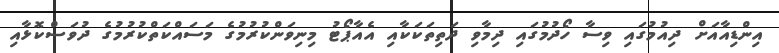
އިންޑިއާއަށް ދިއުމުގައި ވިސާ ހޯދުމުގައި ދިމާވި ދަތިތަކަކާއި އެއާޕޯޓު މިނިވަންކުރުމުގެ މަސައްކަތްކުރުމުގެ ދުވަސްކޮޅާއި